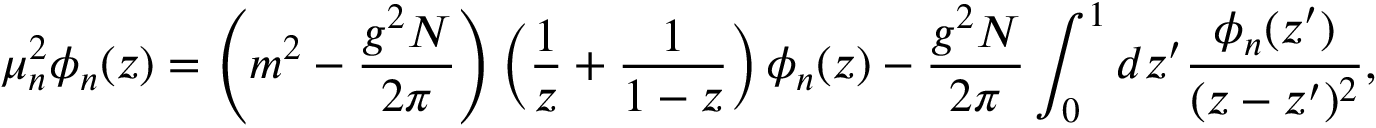
\mu _ { n } ^ { 2 } \phi _ { n } ( z ) = \left( m ^ { 2 } - \frac { g ^ { 2 } N } { 2 \pi } \right) \left( \frac { 1 } { z } + \frac { 1 } { 1 - z } \right) \phi _ { n } ( z ) - \frac { g ^ { 2 } N } { 2 \pi } \int _ { 0 } ^ { 1 } d z ^ { \prime } \frac { \phi _ { n } ( z ^ { \prime } ) } { ( z - z ^ { \prime } ) ^ { 2 } } ,